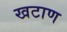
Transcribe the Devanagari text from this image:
खटाण